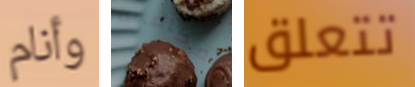
وأنام لمكافحة تتعلق